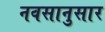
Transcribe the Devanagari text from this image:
नवसानुसार